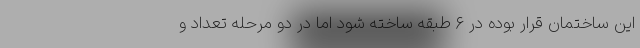
این ساختمان قرار بوده در ۶ طبقه ساخته شود اما در دو مرحله تعداد و